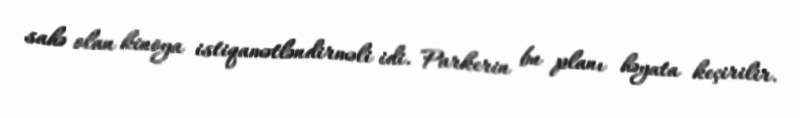
sahə olan kinoya istiqamətləndirməli idi. Parkerin bu planı həyata keçirilir.